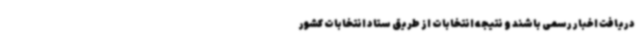
دریافت اخبار رسمی باشند و نتیجه انتخابات از طریق ستاد انتخابات کشور